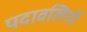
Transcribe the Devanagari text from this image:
पदावलियों